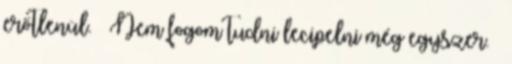
erőtlenül. – Nem fogom tudni lecipelni még egyszer. –